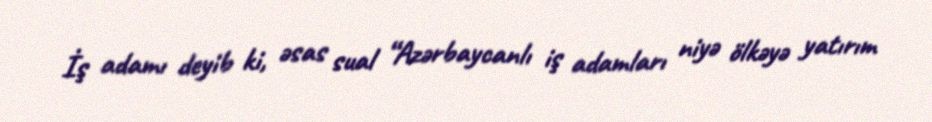
İş adamı deyib ki, əsas sual “Azərbaycanlı iş adamları niyə ölkəyə yatırım